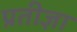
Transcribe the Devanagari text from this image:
प्रतीज्ञा